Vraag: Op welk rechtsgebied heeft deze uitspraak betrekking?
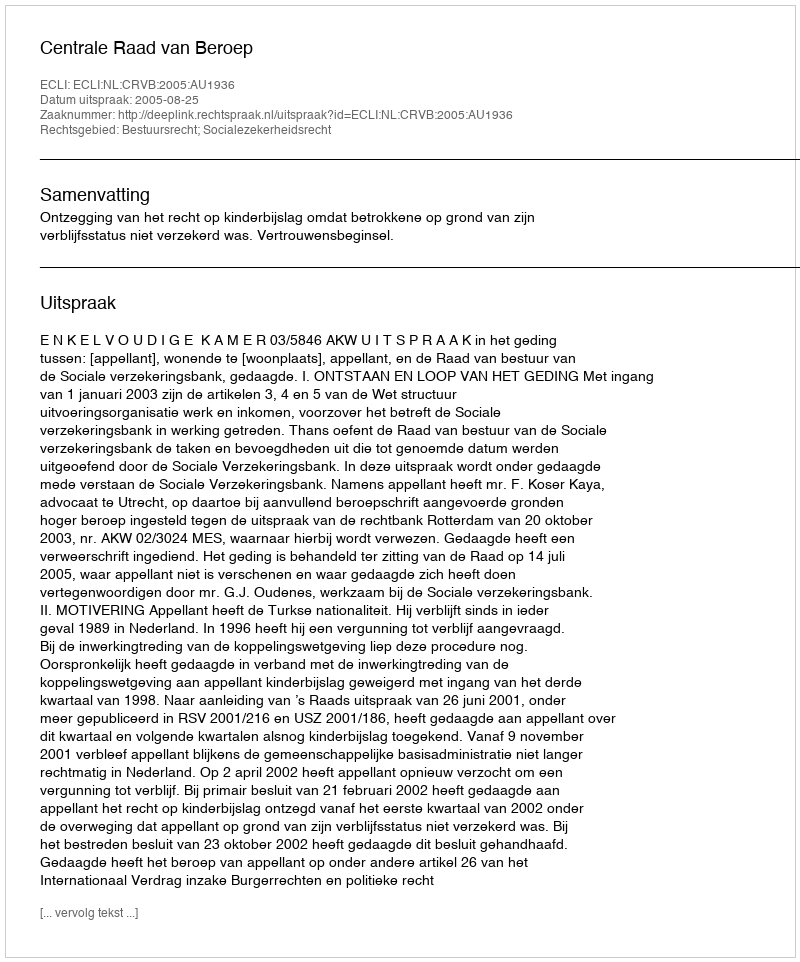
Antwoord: Bestuursrecht; Socialezekerheidsrecht